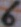
Text: 6